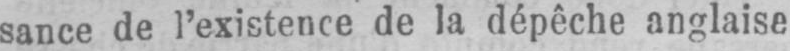
sance de l’existence de la dépêche anglaise